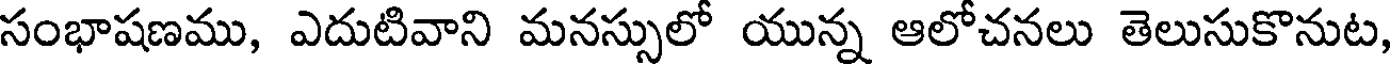
సంభాషణము, ఎదుటివాని మనస్సులో యున్న ఆలోచనలు తెలుసుకొనుట,